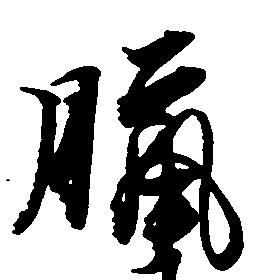
臘